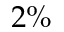
2 \%